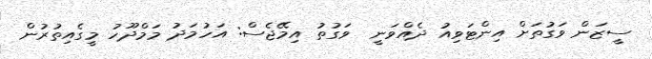
ސީޒަން ވަގުތަށް އިންޓަވިއު ދެއްވަނީ  ވަގުތު އިމޭޖެސް: އަހުމަދު މަމްދޫހު މީގެއިތުރުން